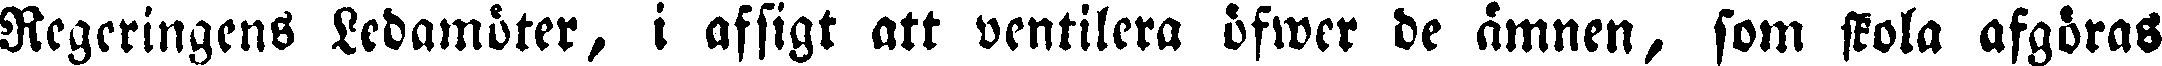
Regeringens Ledamöter, i afsigt att ventilera öfwer de ämnen, som skola afgöras